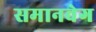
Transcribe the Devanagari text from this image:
समानवेग